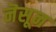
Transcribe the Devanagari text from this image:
नॆसून